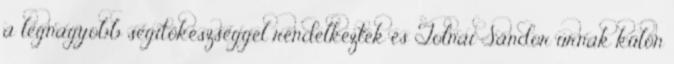
a legnagyobb segítőkészséggel rendelkeztek és Tolnai Sándor úrnak külön